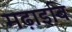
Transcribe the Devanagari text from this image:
मढ़ाइबि